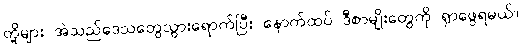
တို့များ အဲသည်ဒေသတွေသွားရောက်ပြီး နောက်ထပ် ဒီစာမျိုးတွေကို ရှာဖွေရမယ်။